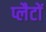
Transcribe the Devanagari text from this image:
प्लैटों